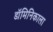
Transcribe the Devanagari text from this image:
डॉमिनिकाला